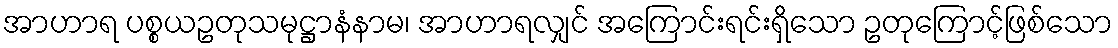
အာဟာရ ပစ္စယဥတုသမုဋ္ဌာနံနာမ၊ အာဟာရလျှင် အကြောင်းရင်းရှိသော ဥတုကြောင့်ဖြစ်သော